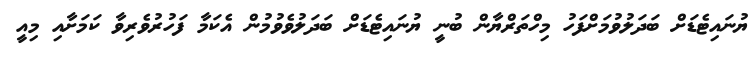
ޔުނައިޓެޑަށް ބަދަލުވުމަށްފަހު މިހްތަރްޔާން ބުނީ ޔުނައިޓެޑަށް ބަދަލުވެވުމުން އެކަމާ ފަހުރުވެރިވާ ކަމަށާއި މިއީ